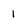
Character: 1